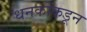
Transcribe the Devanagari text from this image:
धनकोंकडून